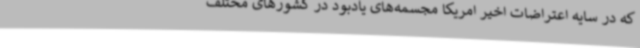
که در سایه اعتراضات اخیر امریکا مجسمه‌های یادبود در کشورهای مختلف